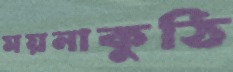
ময়নাকুঠি